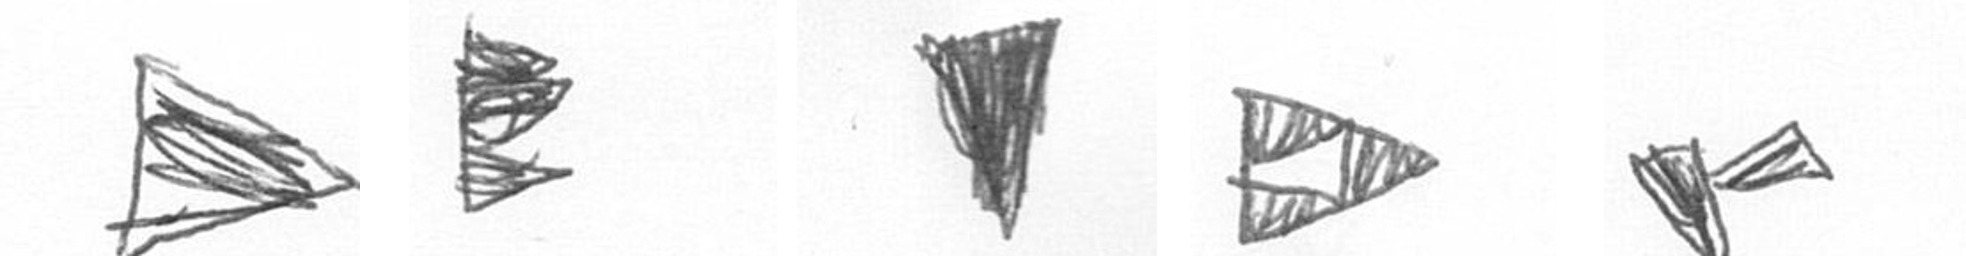
T H J K F